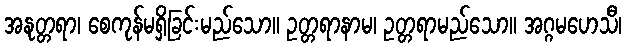
အနုတ္တရာ၊ စေကုန်မရှိခြင်းမည်သော။ ဥတ္တရာနာမ၊ ဥတ္တရာမည်သော။ အဂ္ဂမဟေသီ၊